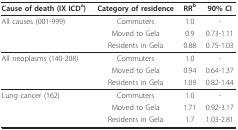
| Cause of death (IX ICDa) | Category of residence | RRb | 90% CI |
 | --- | --- | --- | --- |
 | All causes (001-999) | Commuters | 1.0 | - |
 |  | Moved to Gela | 0.9 | 0.73-1.11 |
 |  | Residents in Gela | 0.88 | 0.75-1.03 |
 | All neoplasms (140-208) | Commuters | 1.0 | - |
 |  | Moved to Gela | 0.94 | 0.64-1.37 |
 |  | Residents in Gela | 1.09 | 0.82-1.44 |
 | Lung cancer (162) | Commuters | 1.0 | - |
 |  | Moved to Gela | 1.71 | 0.92-3.17 |
 |  | Residents in Gela | 1.7 | 1.03-2.81 |